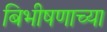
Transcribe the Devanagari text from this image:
बिभीषणाच्या